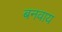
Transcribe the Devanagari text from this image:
बनवाय